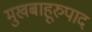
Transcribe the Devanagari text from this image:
मुखबाहूरुपाद